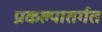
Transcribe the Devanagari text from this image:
प्रकल्पातर्गत